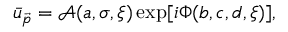
\begin{array} { r } { \bar { u } _ { \vec { p } } = \mathcal { A } ( a , \sigma , \xi ) \exp [ i \Phi ( b , c , d , \xi ) ] , } \end{array}